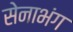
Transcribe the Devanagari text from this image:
सेनाभंग